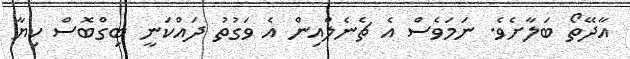
އާދޭތޯ ބަލާށެވެ. ނަމަވެސް އެ ޗެނެލްއިން އެ ވަގުތު ދައްކަނީ ބިގްބޮސް ކިޔާ